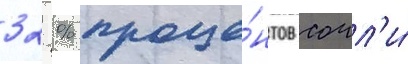
32 % проце́нтов сочл'и́